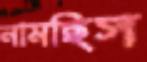
নামছিস